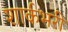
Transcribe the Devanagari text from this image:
शार्कभरी